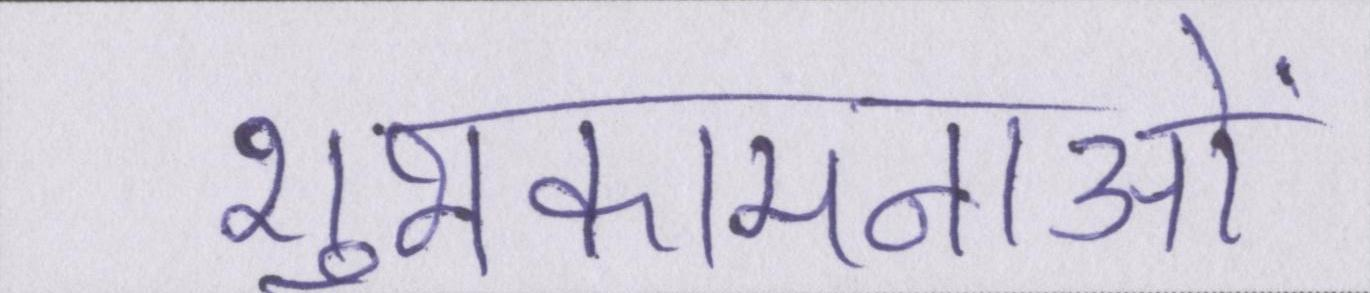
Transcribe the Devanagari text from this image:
शुभकामनाओं